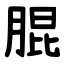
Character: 䐊